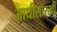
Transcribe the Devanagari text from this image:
आधीसारखी